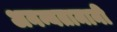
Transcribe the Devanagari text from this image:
अनन्यतामानी